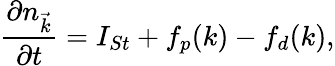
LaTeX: \frac{\partial n_{\vec{k}}}{\partial t}=I_{St}+f_{p}(k)-f_{d}(k),